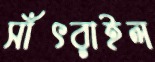
সাঁৎরাইল